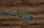
هاتفت